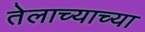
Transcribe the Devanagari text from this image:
तेलाच्याच्या